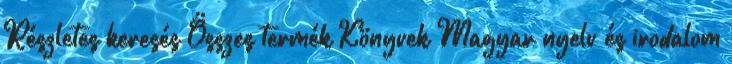
Részletes keresés Összes termék Könyvek Magyar nyelv és irodalom